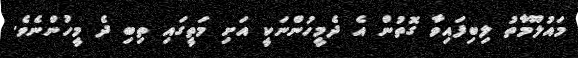
މައުލޫމާތު ލިބިފައިވާ ގޮތުން އެ ދެމީހުންނަކީ އަށި މަތީގައި ތިބި ދެ މީހުންނެވެ.